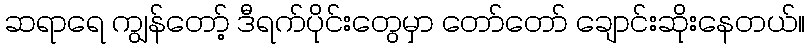
ဆရာရေ ကျွန်တော့် ဒီရက်ပိုင်းတွေမှာ တော်တော် ချောင်းဆိုးနေတယ်။